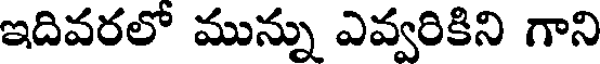
ఇదివరలో మున్ను ఎవ్వరికిని గాని